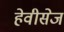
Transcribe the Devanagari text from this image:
हेवीसेज